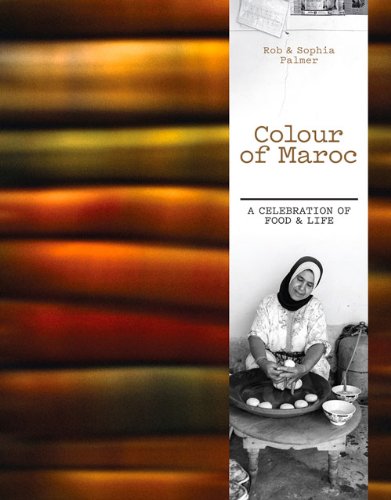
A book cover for Colour of Maroc: A Celebration of Food & Life; Rob Palmer; Cookbooks, Food & Wine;